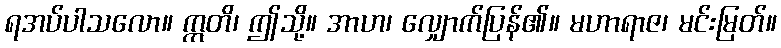
ရအပ်ပါသလော။ ဣတိ၊ ဤသို့။ အာဟ၊ လျှောက်ပြန်၏။ မဟာရာဇ၊ မင်းမြတ်။